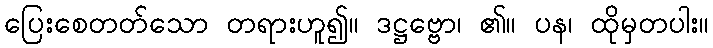
ပြေးစေတတ်သော တရားဟူ၍။ ဒဋ္ဌဗ္ဗော၊ ၏။ ပန၊ ထိုမှတပါး။